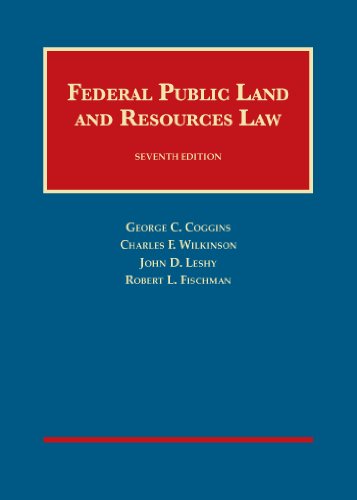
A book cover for Federal Public Land and Resources Law (University Casebook Series); George Coggins; Law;